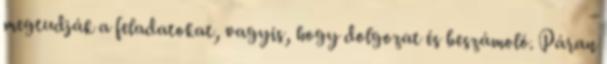
megtudják a feladatokat, vagyis, hogy dolgozat és beszámoló. Páran